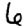
Digit: 6